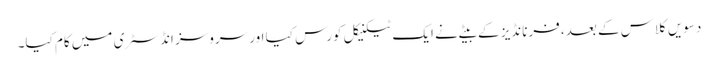
دسویں کلاس کے بعد، فرنانڈیز کے بیٹے نے ایک ٹیکنیکل کورس کیا اور سروسز انڈسٹری میں کام کیا۔